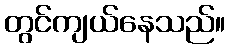
တွင်ကျယ်နေသည်။